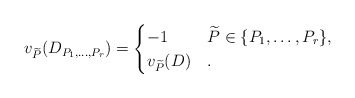
\begin{align*} v_{\widetilde{P}}(D_{P_1, \dots, P_r}) = \begin{cases} -1 & \widetilde{P} \in \{P_1, \dots, P_r\}, \\ v_{\widetilde{P}}(D) & . \end{cases} \end{align*}